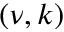
( \nu , k )